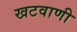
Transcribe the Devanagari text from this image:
खटवाणी